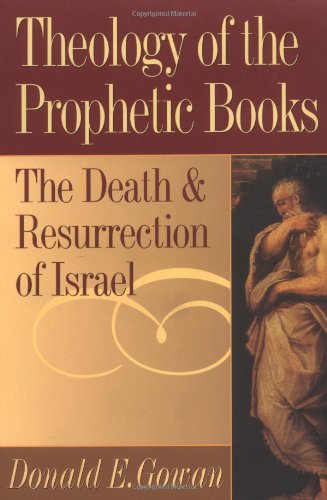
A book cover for Theology of the Prophetic Books: The Death and Resurrection of Israel; Donald E. Gowan; Christian Books & Bibles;